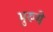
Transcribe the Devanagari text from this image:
मुरुमे